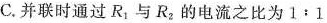
C.并联时通过R_{1} 与R_{2} 的电流之比为1﹔1